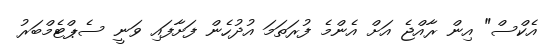
އެކްސް" އިން ރާއްޖެ އަށް އެންމެ ފުރަތަމަ އުދުހެން ފަށާފައި ވަނީ ސެޕްޓެމްބަރު